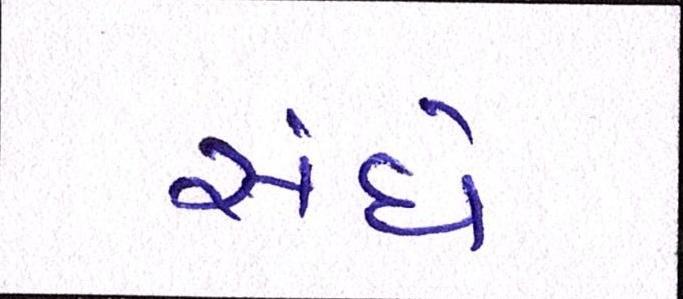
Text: સંઘે